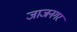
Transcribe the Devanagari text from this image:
जाजनगर